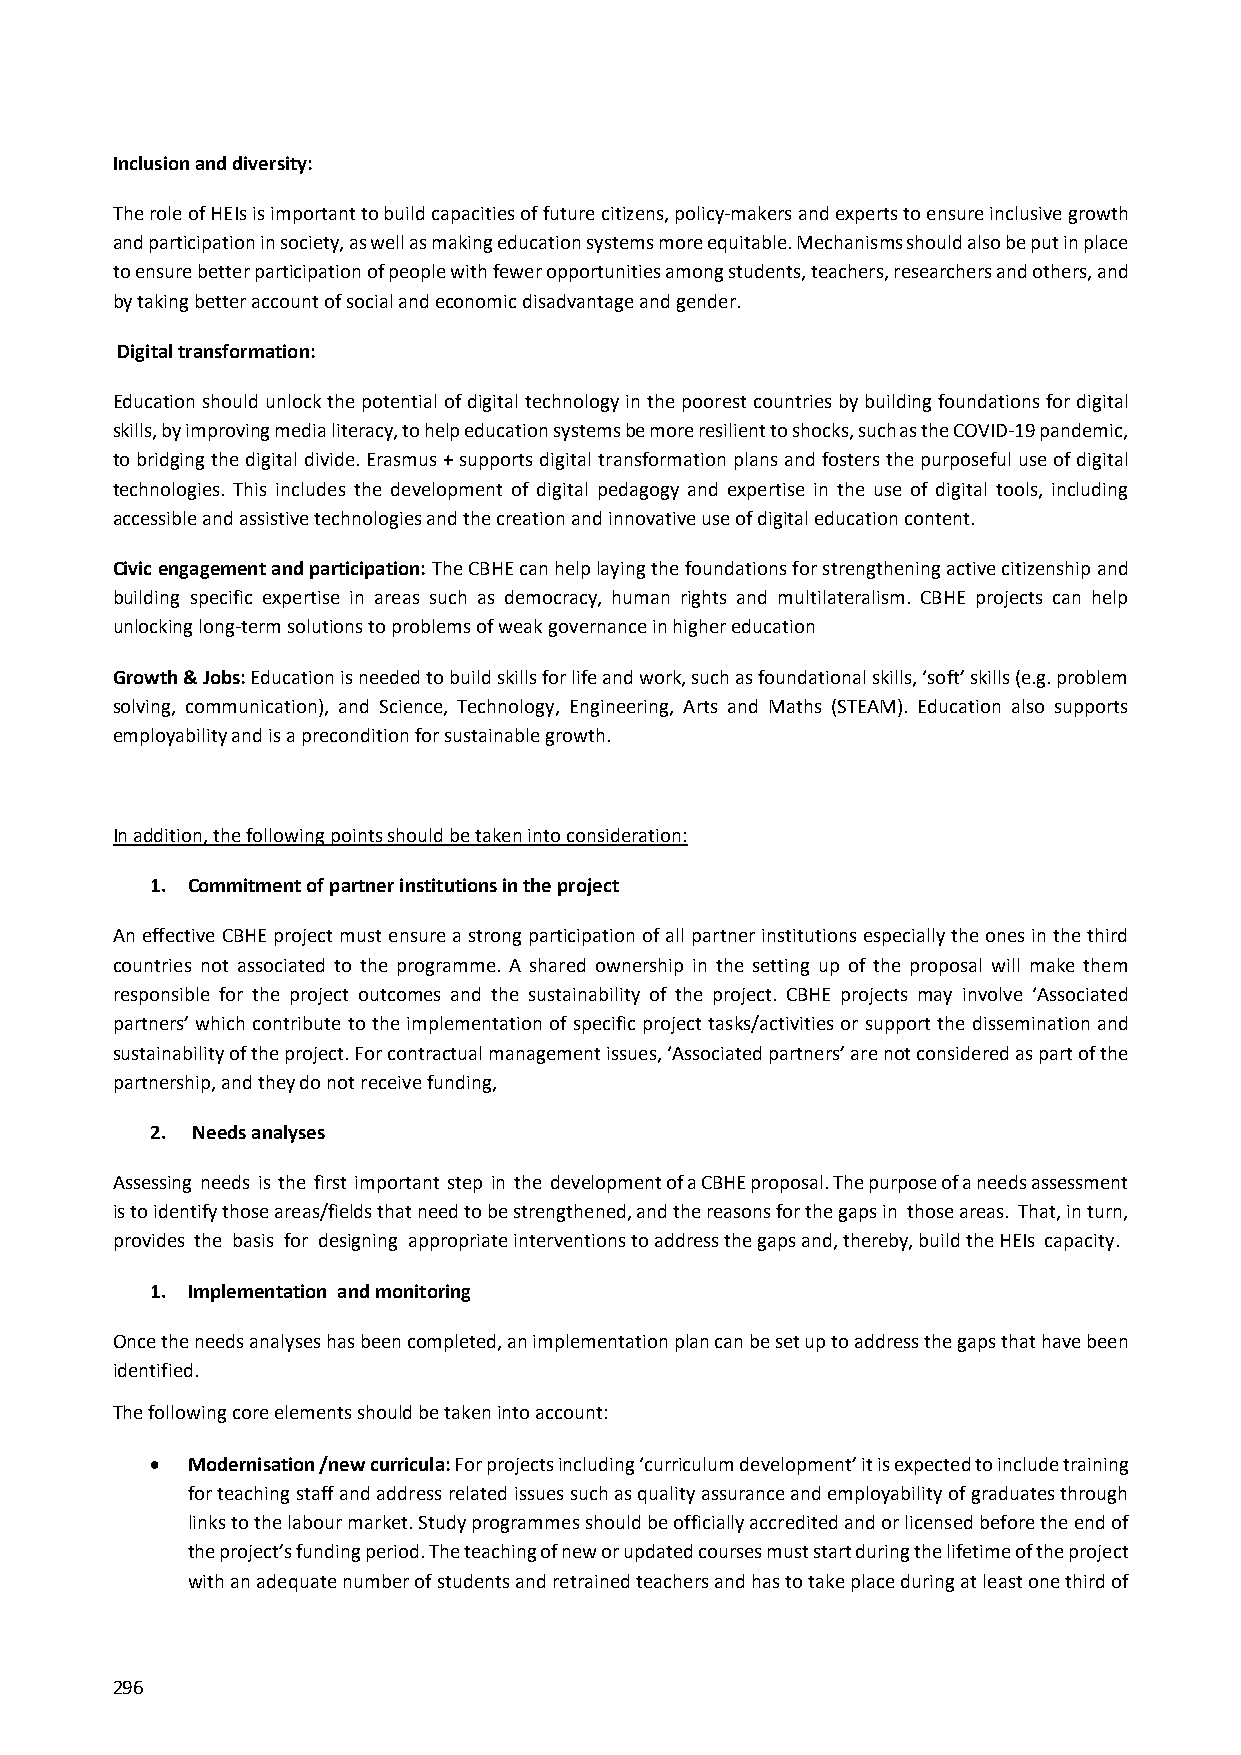
Inclusion and diversity:
 The role of HEIs is important to build capacities of future citizens, policy‐makers and experts to ensure inclusive growth
 and participation in society, as well as making education systems more equitable. Mechanisms should also be put in place
 to ensure better participation of people with fewer opportunities among students, teachers, researchers and others, and
 by taking better account of social and economic disadvantage and gender.
 Digital transformation:
 Education should unlock the potential of digital technology in the poorest countries by building foundations for digital
 skills, by improving media literacy, to help education systems be more resilient to shocks, such as the COVID‐19 pandemic,
 to bridging the digital divide. Erasmus + supports digital transformation plans and fosters the purposeful use of digital
 technologies. This includes the development of digital pedagogy and expertise in the use of digital tools, including
 accessible and assistive technologies and the creation and innovative use of digital education content.
 Civic engagement and participation: The CBHE can help laying the foundations for strengthening active citizenship and
 building specific expertise in areas such as democracy, human rights and multilateralism. CBHE projects can help
 unlocking long‐term solutions to problems of weak governance in higher education
 Growth & Jobs: Education is needed to build skills for life and work, such as foundational skills, ‘soft’ skills (e.g. problem
 solving, communication), and Science, Technology, Engineering, Arts and Maths (STEAM). Education also supports
 employability and is a precondition for sustainable growth.
 In addition, the following points should be taken into consideration:
 1. Commitment of partner institutions in the project
 An effective CBHE project must ensure a strong participation of all partner institutions especially the ones in the third
 countries not associated to the programme. A shared ownership in the setting up of the proposal will make them
 responsible for the project outcomes and the sustainability of the project. CBHE projects may involve ‘Associated
 partners’ which contribute to the implementation of specific project tasks/activities or support the dissemination and
 sustainability of the project. For contractual management issues, ‘Associated partners’ are not considered as part of the
 partnership, and they do not receive funding,
 2. Needs analyses
 Assessing needs is the first important step in the development of a CBHE proposal. The purpose of a needs assessment
 is to identify those areas/fields that need to be strengthened, and the reasons for the gaps in those areas. That, in turn,
 provides the basis for designing appropriate interventions to address the gaps and, thereby, build the HEIs capacity.
 1. Implementation and monitoring
 Once the needs analyses has been completed, an implementation plan can be set up to address the gaps that have been
 identified.
 The following core elements should be taken into account:
  Modernisation /new curricula: For projects including ‘curriculum development’ it is expected to include training
 for teaching staff and address related issues such as quality assurance and employability of graduates through
 links to the labour market. Study programmes should be officially accredited and or licensed before the end of
 the project’s funding period. The teaching of new or updated courses must start during the lifetime of the project
 with an adequate number of students and retrained teachers and has to take place during at least one third of
 296